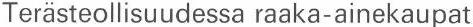
Terästeollisuudessa raaka-ainekaupat